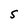
Character: 5